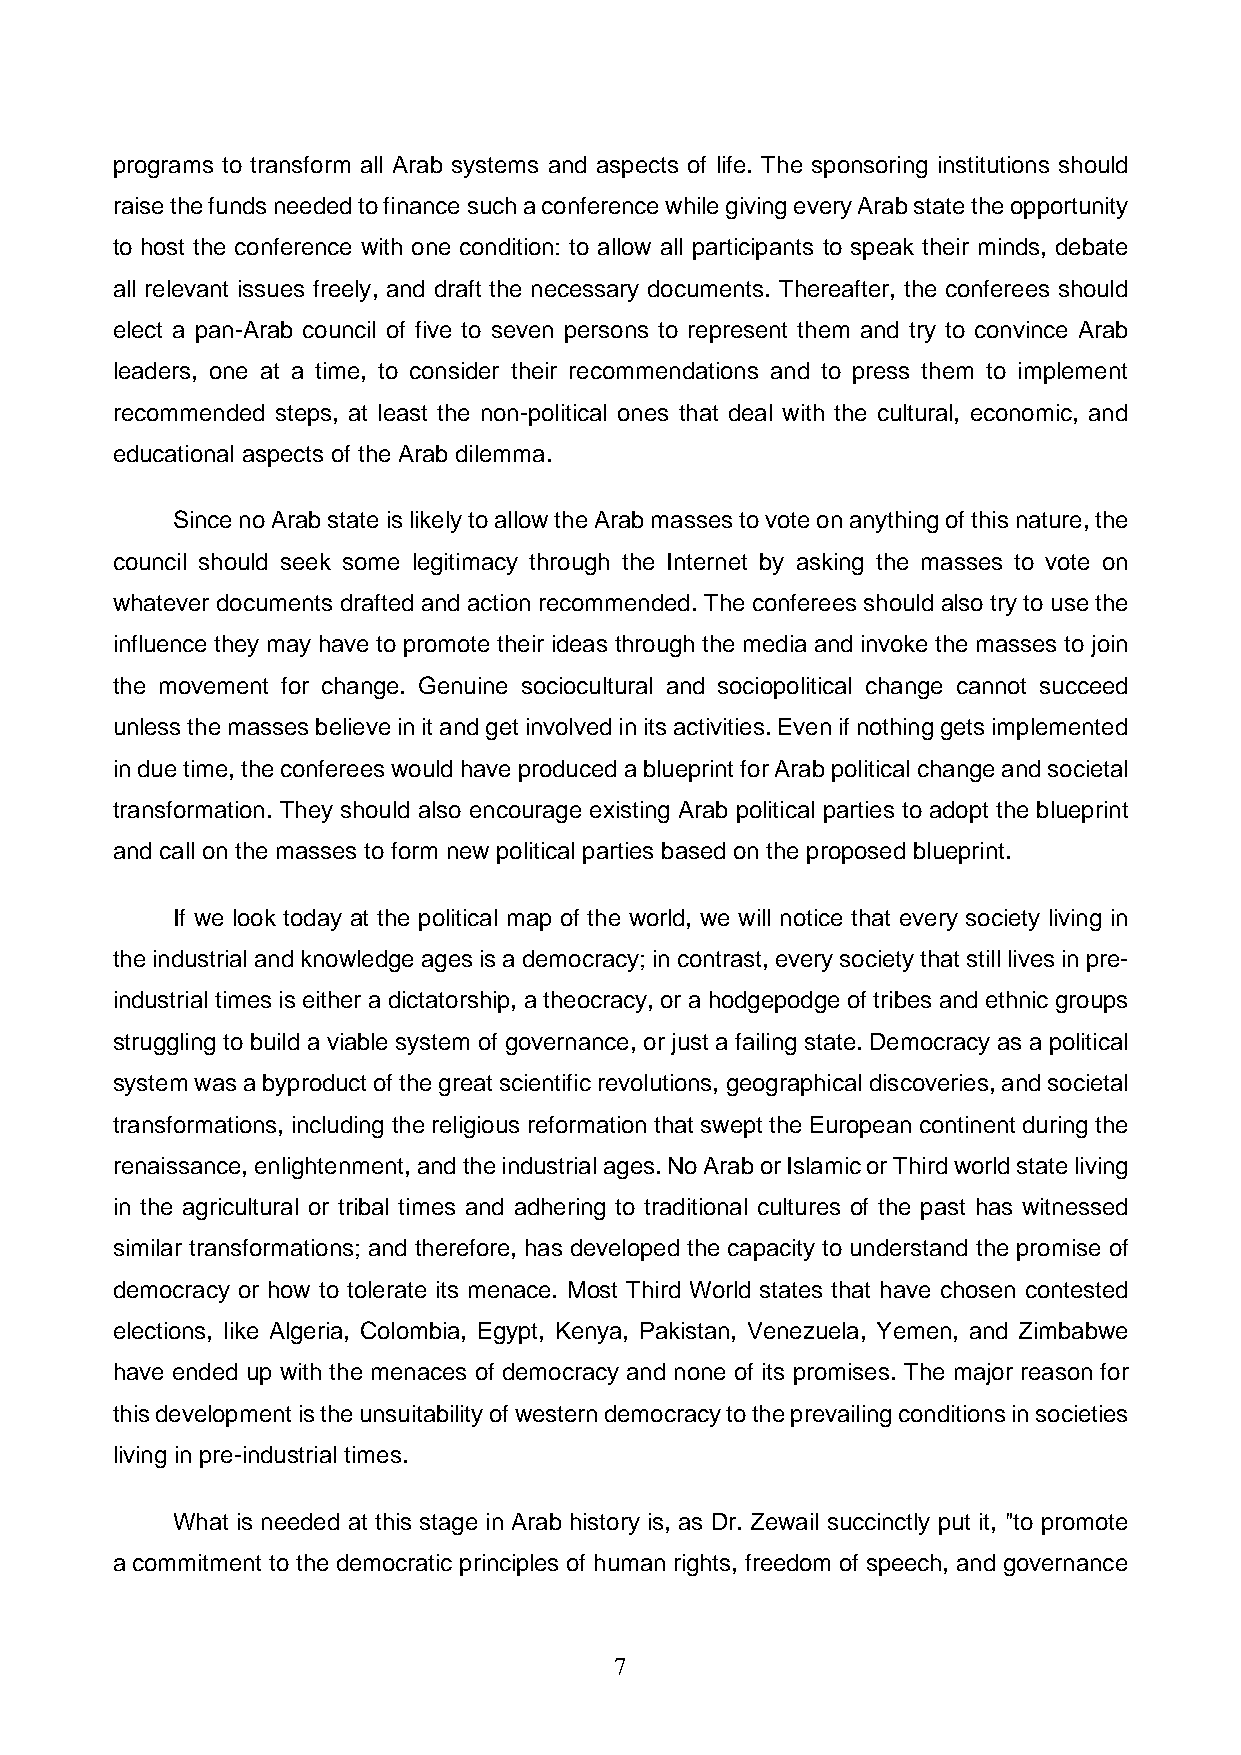
programs to transform all Arab systems and aspects of life. The sponsoring institutions should
 raise the funds needed to finance such a conference while giving every Arab state the opportunity
 to host the conference with one condition: to allow all participants to speak their minds, debate
 all relevant issues freely, and draft the necessary documents. Thereafter, the conferees should
 elect a pan-Arab council of five to seven persons to represent them and try to convince Arab
 leaders, one at a time, to consider their recommendations and to press them to implement
 recommended steps, at least the non-political ones that deal with the cultural, economic, and
 educational aspects of the Arab dilemma.
 Since no Arab state is likely to allow the Arab masses to vote on anything of this nature, the
 council should seek some legitimacy through the Internet by asking the masses to vote on
 whatever documents drafted and action recommended. The conferees should also try to use the
 influence they may have to promote their ideas through the media and invoke the masses to join
 the movement for change. Genuine sociocultural and sociopolitical change cannot succeed
 unless the masses believe in it and get involved in its activities. Even if nothing gets implemented
 in due time, the conferees would have produced a blueprint for Arab political change and societal
 transformation. They should also encourage existing Arab political parties to adopt the blueprint
 and call on the masses to form new political parties based on the proposed blueprint.
 If we look today at the political map of the world, we will notice that every society living in
 the industrial and knowledge ages is a democracy; in contrast, every society that still lives in pre-
 industrial times is either a dictatorship, a theocracy, or a hodgepodge of tribes and ethnic groups
 struggling to build a viable system of governance, or just a failing state. Democracy as a political
 system was a byproduct of the great scientific revolutions, geographical discoveries, and societal
 transformations, including the religious reformation that swept the European continent during the
 renaissance, enlightenment, and the industrial ages. No Arab or Islamic or Third world state living
 in the agricultural or tribal times and adhering to traditional cultures of the past has witnessed
 similar transformations; and therefore, has developed the capacity to understand the promise of
 democracy or how to tolerate its menace. Most Third World states that have chosen contested
 elections, like Algeria, Colombia, Egypt, Kenya, Pakistan, Venezuela, Yemen, and Zimbabwe
 have ended up with the menaces of democracy and none of its promises. The major reason for
 this development is the unsuitability of western democracy to the prevailing conditions in societies
 living in pre-industrial times.
 What is needed at this stage in Arab history is, as Dr. Zewail succinctly put it, "to promote
 a commitment to the democratic principles of human rights, freedom of speech, and governance
 7